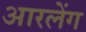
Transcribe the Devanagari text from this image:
आरलेंग